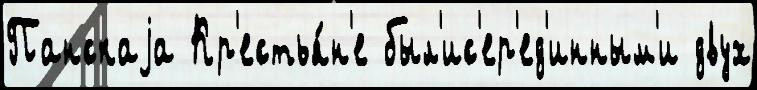
Панскаjа Кр'естья́н'е был'ис'ер'ед'инным'и двух